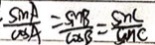
\cdot \frac { \sin A } { \cos A } = \frac { \sin B } { \cos B } = \frac { \sin C } { \sin C }